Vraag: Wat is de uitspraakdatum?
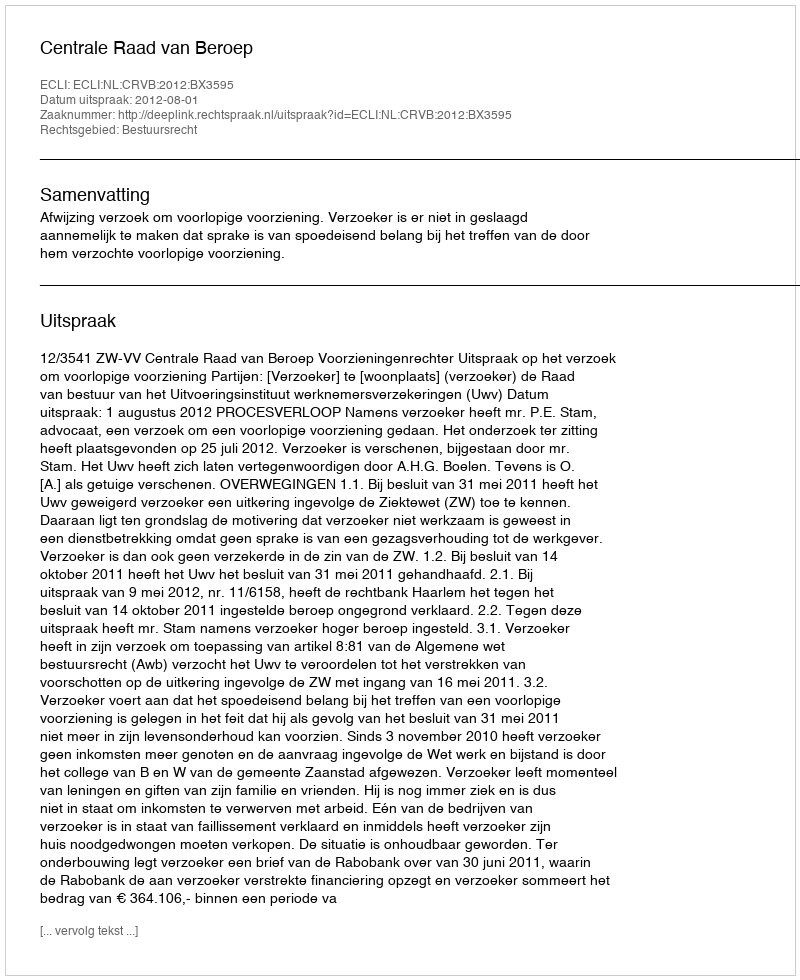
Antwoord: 2012-08-01